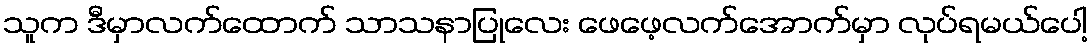
သူက ဒီမှာလက်ထောက် သာသနာပြုလေး ဖေဖေ့လက်အောက်မှာ လုပ်ရမယ်ပေါ့